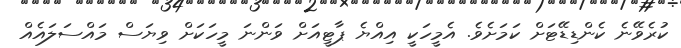
ކުރެވޭނެ ކެންޑިޑޭޓަށް ކަމަށެވެ. އެމީހަކީ އިއްޔެ ޕާޓީއަށް ވަންނަ މީހަކަށް ވިޔަސް މައްސަލައެއް